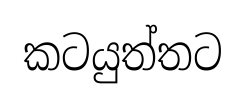
කටයුත්තට